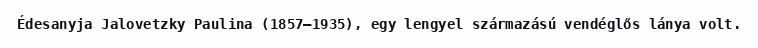
Édesanyja Jalovetzky Paulina (1857–1935), egy lengyel származású vendéglős lánya volt.